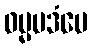
ဓမ္မပဒံပေ